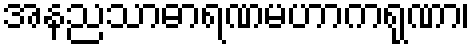
အနညသာဓာရဏမဟာကရုဏာ၊